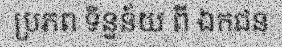
ប្រភព ទិន្នន័យ ពី ឯកជន